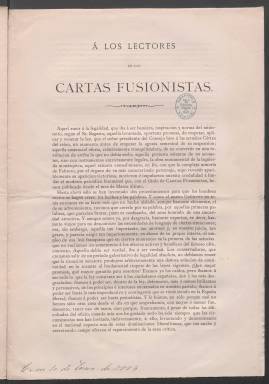
Título: Cartas fusionistas
Colección: Historia
Ámbito geográfico: Madrid
Lugar de publicación: Madrid
Fechas: 01/01/1881-12/05/1881